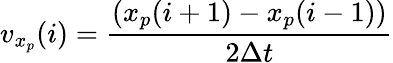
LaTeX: v_{x_{p}}(i)=\frac{\left(x_{p}(i+1)-x_{p}(i-1)\right)}{2\Delta t}